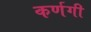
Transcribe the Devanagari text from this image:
कर्णगी